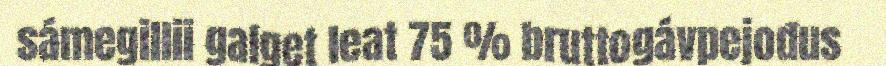
sámegillii galget leat 75 % bruttogávpejođus